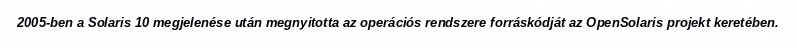
2005-ben a Solaris 10 megjelenése után megnyitotta az operációs rendszere forráskódját az OpenSolaris projekt keretében.